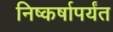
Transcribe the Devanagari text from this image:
निष्कर्षापर्यंत